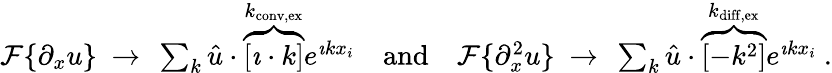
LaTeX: \begin{array}{r}{\mathcal{F}\{ \partial_{x}u\} \ \to\ \sum_{k}\hat{u}\cdot\overbrace{\left[\imath\cdot k\right]}^{k_{\mathrm{conv,ex}}}e^{\imath kx_{i}}\quad\mathrm{and}\quad\mathcal{F}\{ \partial_{x}^{2}u\} \ \to\ \sum_{k}\hat{u}\cdot\overbrace{\left[-k^{2}\right]}^{k_{\mathrm{diff,ex}}}e^{\imath kx_{i}}\ .}\end{array}